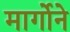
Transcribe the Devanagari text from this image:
मार्गोने